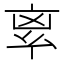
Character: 𠅛